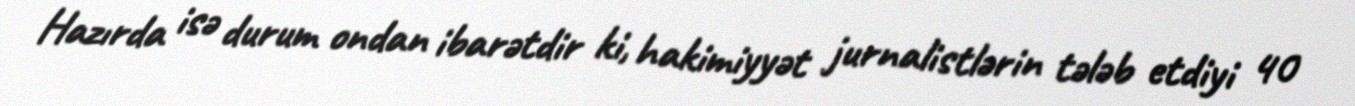
Hazırda isə durum ondan ibarətdir ki, hakimiyyət jurnalistlərin tələb etdiyi 40